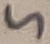
Text: 5